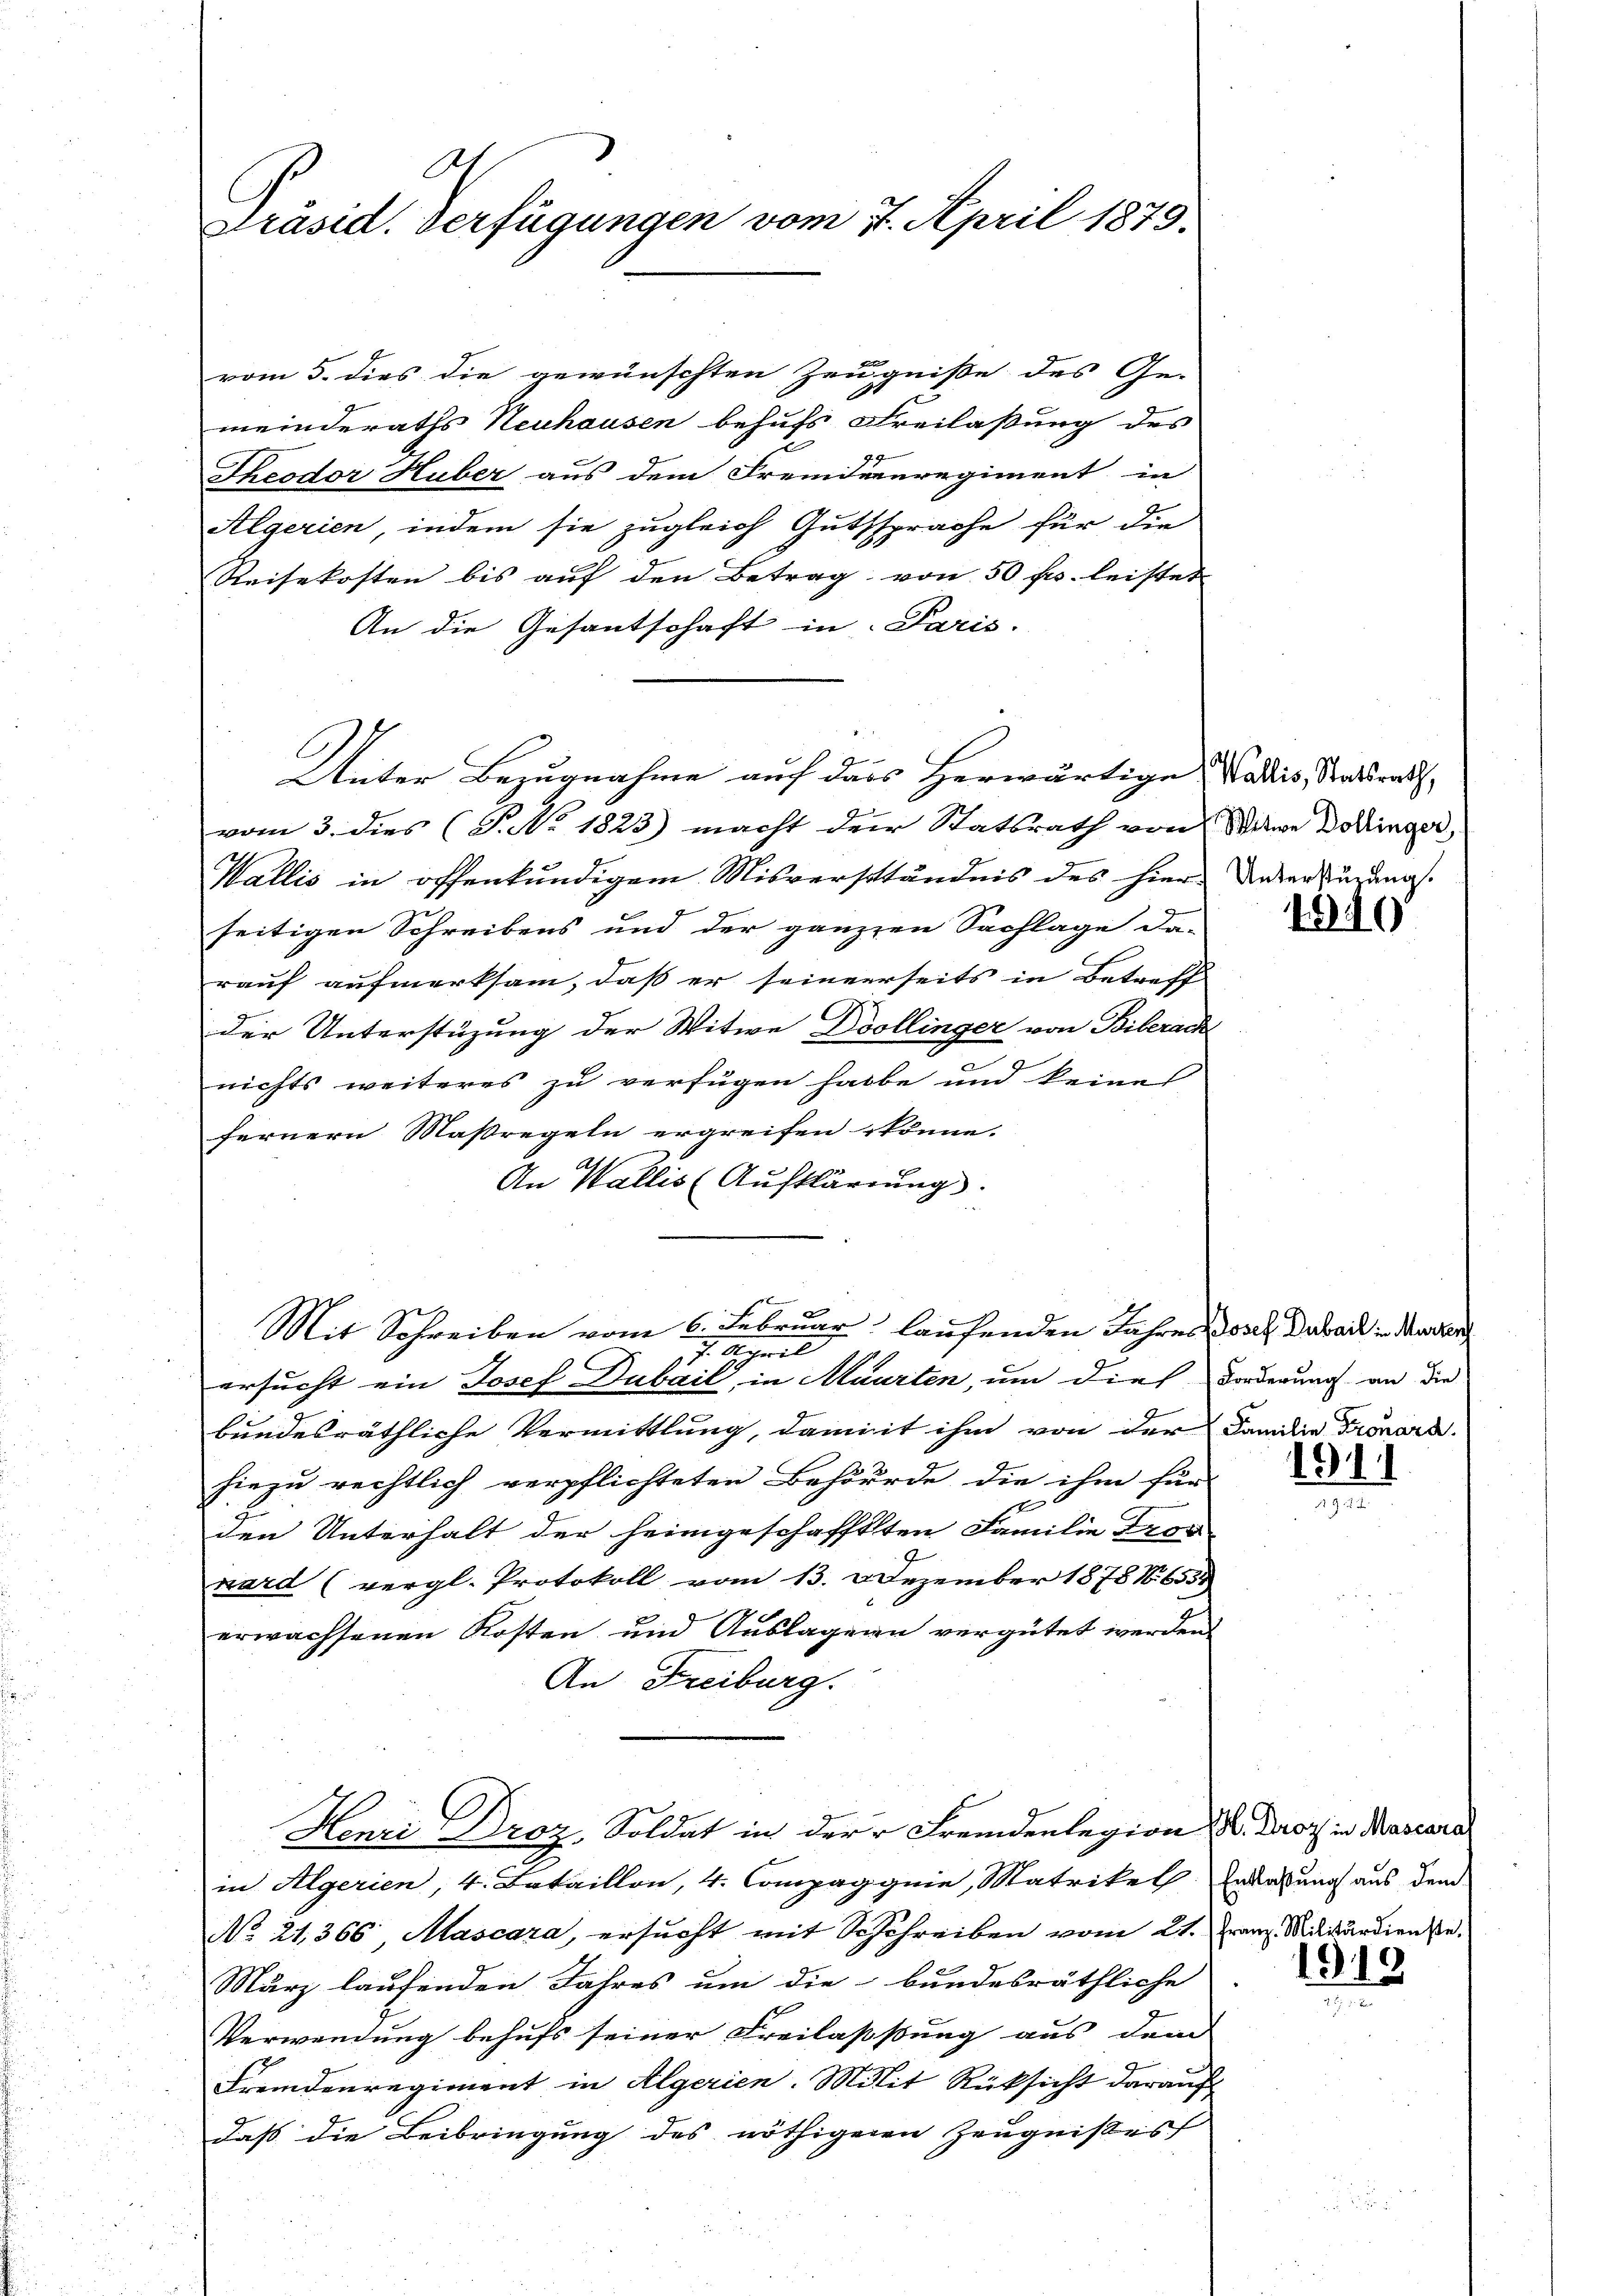
At
Präsid. Verfügungen vom 7. April 1879.

vom 5. dies die gewünschten Zeugniße des Ge-
meinderaths Neuhausen behufs Freilaßung des
Theodor Huber aus dem Fremdenregiment in
Algerien, indem sie zugleich Gutssprache für die
Reisekosten bis auf den Betrag von 50 fr. leistet
An die Gesantschaft in Paris.
Unter Bezugnahme auf dass Herwärtige Wallis, Staatsrath,
vom 3. dies (T. No. 1823) macht der Statsrath von Witwe Doktringer,
Wallis in offenkundigem Misverständnis des hier. Unterzugungsseitigen Schreibens und der ganzen Sachlage da-
rauf aufmerksam, daß er seinerseits in Betreff
der Unterstüzung der Witwe Doollinger von Biberach
nichts weiteres zu verfügen habe und keine
fernern Maßregeln ergreifen könne.
An Wallis (Aufklärung).
Mit Schreiben vom 6. Februar laufenden Jahres das Dubach in den der
97. Schrist |
ersucht ein Josef Dubail, in Maurten, um dies
bundesräthliche Vermittlung, damit ihm von der Familie Fronora
hiezu rechtlich verpflichteten Behörde die ihm für
s
den Unterhalt der heimgeschafftten Familie Gros
ward (vergl. Protokoll vom 13. Dezember 1878 No. 655
erwachsenen Kosten und Auslagern vergütet werden
An Freiburg.
Henri Droz. Soldat in der Fremdenlegion d. Droz in Mascara
in Algerien, 4. Bataillon, 4. Compagnie, Matrikel Enderung aus dem
No 21,366, Mascara, ersucht mit Schreiben vom 21. Franz. Militärdienste¬
März laufenden Jahres um die bundesräthliche
Verwendung behufs seiner Freilasstung aus dem
Fremdenregiment in Algerien. Milit Rücksicht darauf
daß die Beibringung des nöthigenen Zeugnißes

C

1840

Forderung an die

1911

1919.